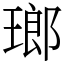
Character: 瑯